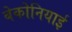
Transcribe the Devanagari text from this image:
बेकोनियाई